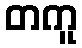
တကူ